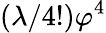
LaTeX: ({\lambda}/{4!})\varphi^{4}